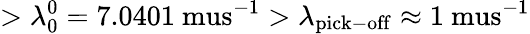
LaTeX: >\lambda_{0}^{0}=7.0401\mathrm{\ mus}^{-1}>\lambda_{\mathrm{pick-off}}\approx 1\mathrm{\ mus}^{-1}